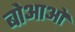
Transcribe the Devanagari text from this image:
बोआओ